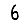
Digit: 6